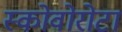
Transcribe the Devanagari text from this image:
स्कोवोरोटा